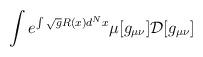
LaTeX: \begin{align*}\int e^{\int\sqrt{g} R(x) d^N x}\mu[g_{\mu\nu}]{\cal D}[g_{\mu\nu}]\end{align*}